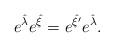
LaTeX: \begin{align*}e^{\hat{\lambda}} e^{\hat{\xi}} = e^{\hat{\xi'}} e^{\hat{\lambda}} .\end{align*}